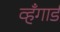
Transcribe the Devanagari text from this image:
व्हँगार्ड